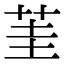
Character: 茥